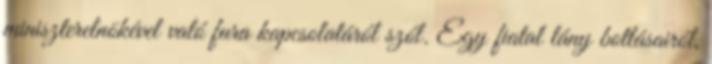
miniszterelnökével való fura kapcsolatáról szól. Egy fiatal lány botlásairól,